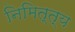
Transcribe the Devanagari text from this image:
निमित्त्य